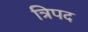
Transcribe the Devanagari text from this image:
त्रिपद